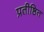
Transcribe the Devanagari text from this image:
प्रतीष्ठित